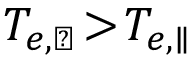
T _ { e , \perp } \! > \! T _ { e , \parallel }